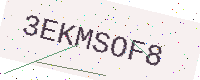
Text: 3EKMSOF8